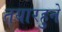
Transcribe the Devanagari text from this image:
तयारहुने